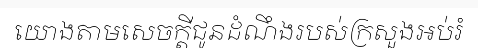
យោងតាមសេចក្តីជូនដំណឹងរបស់ក្រសួងអប់រំ